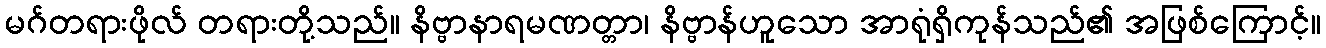
မဂ်တရားဖိုလ် တရားတို့သည်။ နိဗ္ဗာနာရမဏတ္တာ၊ နိဗ္ဗာန်ဟူသော အာရုံရှိကုန်သည်၏ အဖြစ်ကြောင့်။